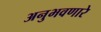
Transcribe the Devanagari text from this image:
अनुभवणारे